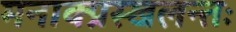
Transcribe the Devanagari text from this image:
मनाक्प्रस्खलन्तः